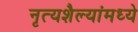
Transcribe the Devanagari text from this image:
नृत्यशैल्यांमध्ये